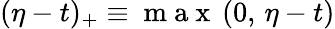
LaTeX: (\eta-t)_{+}\equiv\mathrm{~m~a~x~}\, (0,\, \eta-t)